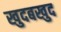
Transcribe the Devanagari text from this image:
खुदबखुद